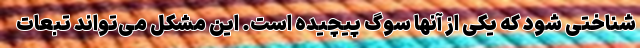
شناختی شود که یکی از آنها سوگ پیچیده است. این مشکل می‌تواند تبعات